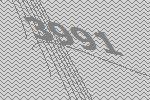
3991